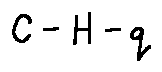
C - H - q